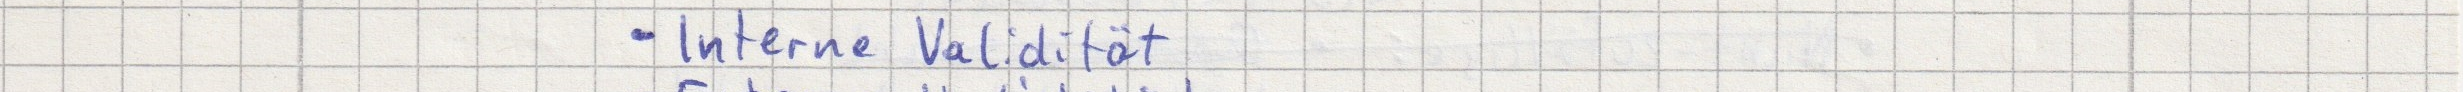
- Interne Validität